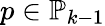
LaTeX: p\in\mathbb{P}_{k-1}